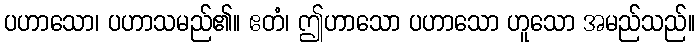
ပဟာသော၊ ပဟာသမည်၏။ ဧတံ၊ ဤဟာသော ပဟာသော ဟူသော အမည်သည်။